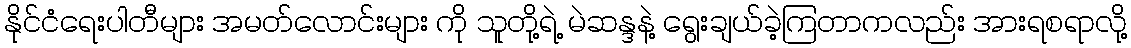
နိုင်ငံရေးပါတီများ အမတ်လောင်းများ ကို သူတို့ရဲ့ မဲဆန္ဒနဲ့ ရွေးချယ်ခဲ့ကြတာကလည်း အားရစရာလို့